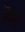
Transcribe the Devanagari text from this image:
मेंद्युत